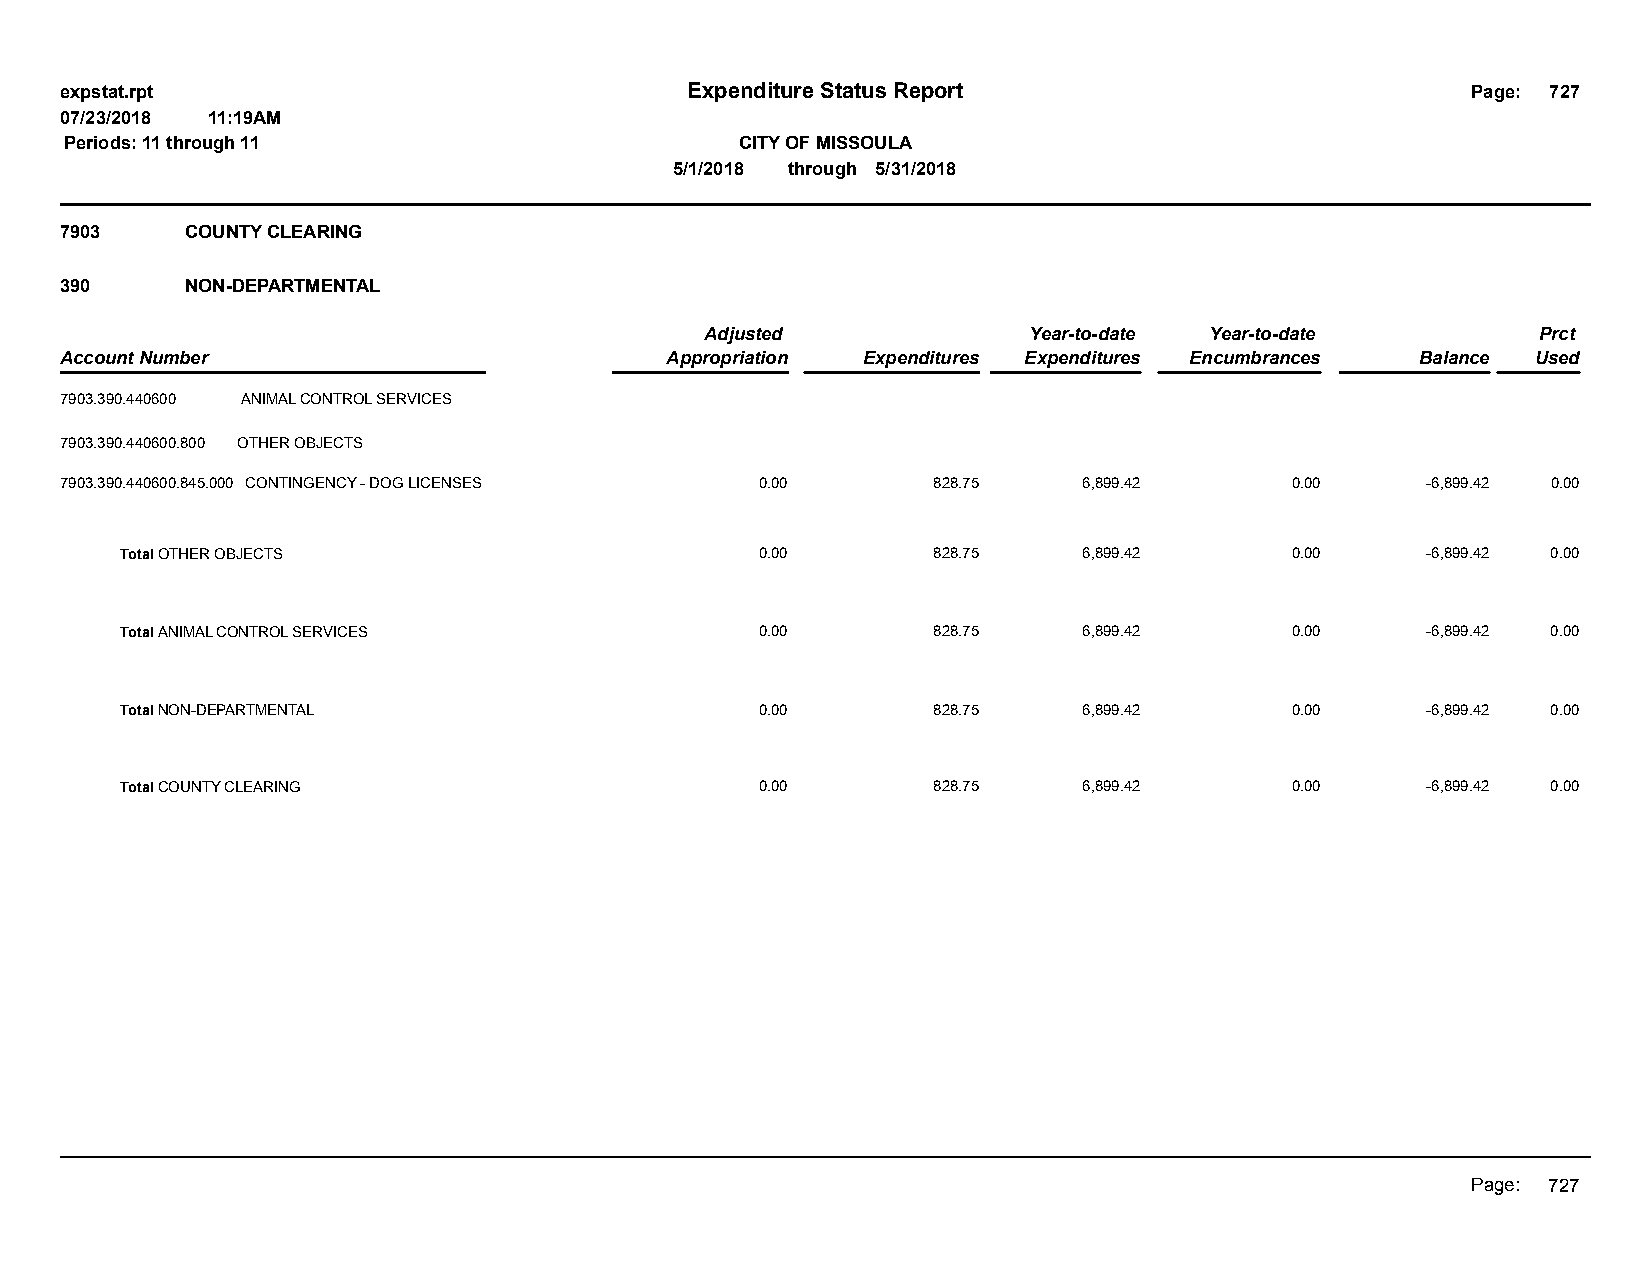
expstat.rpt                              Expenditure Status Report                           Page: 727
 07/23/2018 11:19AM
 Periods: 11 through 11                       CITY OF MISSOULA
 5/1/2018 through 5/31/2018
 7903    COUNTY CLEARING
 390     NON-DEPARTMENTAL
 Adjusted             Year-to-date Year-to-date         Prct
 Account Number                          Appropriation Expenditures Expenditures Encumbrances Balance Used
 7903.390.440600 ANIMAL CONTROL SERVICES
 7903.390.440600.800 OTHER OBJECTS
 7903.390.440600.845.000 CONTINGENCY - DOG LICENSES 0.00   828.75    6,899.42     0.00     -6,899.42 0.00
 Total OTHER OBJECTS                       0.00        828.75    6,899.42     0.00     -6,899.42 0.00
 Total ANIMAL CONTROL SERVICES             0.00        828.75    6,899.42     0.00     -6,899.42 0.00
 Total NON-DEPARTMENTAL                    0.00        828.75    6,899.42     0.00     -6,899.42 0.00
 Total COUNTY CLEARING                     0.00        828.75    6,899.42     0.00     -6,899.42 0.00
 Page: 727